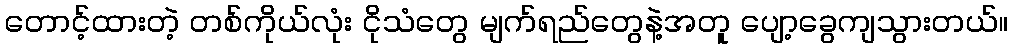
တောင့်ထားတဲ့ တစ်ကိုယ်လုံး ငိုသံတွေ မျက်ရည်တွေနဲ့အတူ ပျော့ခွေကျသွားတယ်။